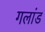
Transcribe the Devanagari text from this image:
गलांड